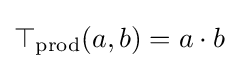
\top _{\mathrm {prod} }(a,b)=a\cdot b